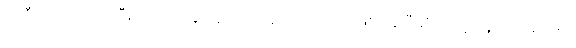
အဲဒီတော့ ဆက်ပြီးတော့အခု လူက ကုန်သလောက်ဖြစ်နေပြီဆိုတော့ သူတို့ဖမ်းတာ။